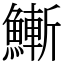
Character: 䱿